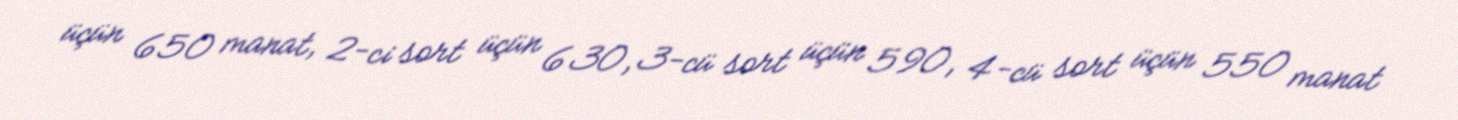
üçün 650 manat, 2-ci sort üçün 630, 3-cü sort üçün 590, 4-cü sort üçün 550 manat